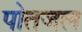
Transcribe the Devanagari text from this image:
पोतजल